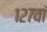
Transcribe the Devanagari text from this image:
१२७वां